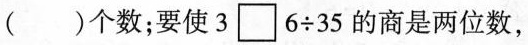
()个数；要使3 \Box 6 \div 35的商是两位数，